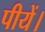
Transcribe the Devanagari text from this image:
पीयें।